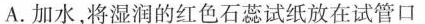
A.加水，将湿润的红色石蕊试纸放在试管口